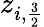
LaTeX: z_{i,\frac{3}{2}}